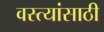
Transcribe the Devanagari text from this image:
वस्त्यांसाठी